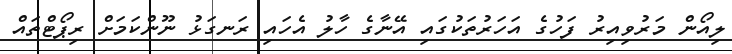
ލިއޯން މަރުވިއިރު ފަހުގެ އަހަރުތަކުގައި އޭނާގެ ހާލު އެހައި ރަނގަޅު ނޫންކަމަށް ރިޕޯޓްތައް